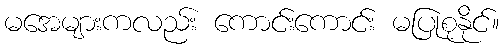
မအေများကလည်း ကောင်းကောင်း မပြုစုနိုင်။